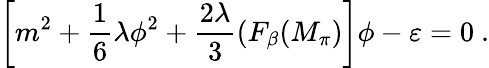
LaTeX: \left[m^{2}+\frac{1}{6}\lambda\phi^{2}+\frac{2\lambda}{3}(F_{\beta}(M_{\pi})\right]\phi-\varepsilon=0~.